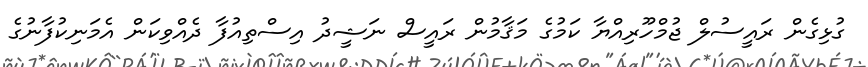
ގުޅިގެން ރައީސުލް ޖުމްހޫރިއްޔާ ކަމުގެ މަޤާމުން ރައީސް ނަޝީދު އިސްތިއުފާ ދެއްވިކަން އެމަނިކުފާނުގެ